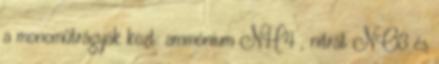
a monoműtrágyák közt: ammónium NH4 , nitrát NO3 és